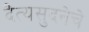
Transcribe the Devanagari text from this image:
दैत्यसुदनेचे